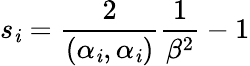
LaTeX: s_{\mathit{i}}=\frac{{2}}{{(\alpha_{\mathit{i}},\alpha_{\mathit{i}})}}\frac{{1}}{{\beta^{2}}}-1